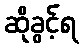
ဆိုခွင့်ရ